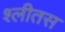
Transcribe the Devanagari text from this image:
श्लीतस